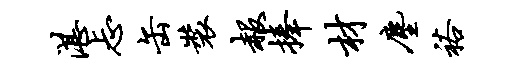
湛忐缶装赧捧材尘裕